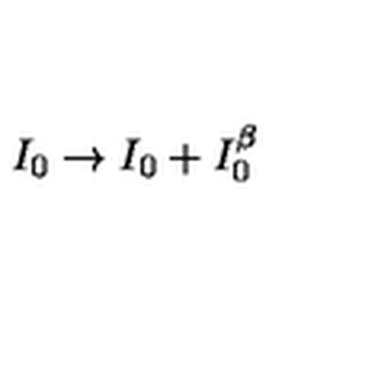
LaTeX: I _ { 0 } \rightarrow I _ { 0 } + I _ { 0 } ^ { \beta }